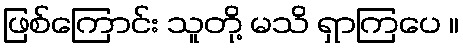
ဖြစ်ကြောင်း သူတို့ မသိ ရှာကြပေ ။